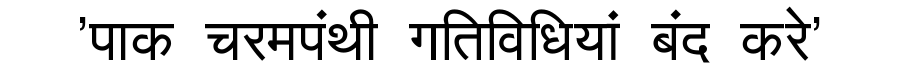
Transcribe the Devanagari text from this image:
'पाक चरमपंथी गतिविधियां बंद करे'